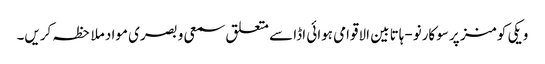
ویکی کومنز پر سوکارنو-ہاتا بین الاقوامی ہوائی اڈا سے متعلق سمعی و بصری مواد ملاحظہ کریں۔